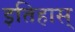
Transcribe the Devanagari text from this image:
इतिहास्